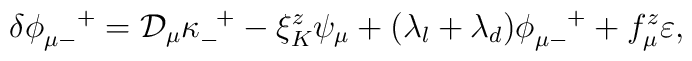
\delta \phi_{\mu -}^{\quad +} = {\cal D}_{\mu}\kappa_-^{\enskip +} - \xi_K^z  \psi_\mu + ( \lambda_l + \lambda_d)  \phi_{\mu -}^{\quad +} + f_\mu^z \varepsilon ,